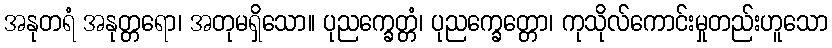
အနုတရံ အနုတ္တရော၊ အတုမရှိသော။ ပုညက္ခေတ္တံ၊ ပုညက္ခေတ္တော၊ ကုသိုလ်ကောင်းမှုတည်းဟူသော